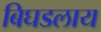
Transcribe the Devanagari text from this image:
बिघडलाय